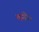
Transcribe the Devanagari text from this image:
तनी।